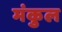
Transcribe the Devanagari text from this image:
मंकुल